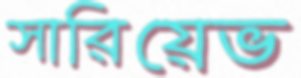
সারিয়েভ